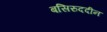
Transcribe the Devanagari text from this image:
बसिरुददीन